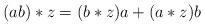
LaTeX: \begin{align*}(ab)*z=(b*z)a+(a*z)b\end{align*}